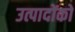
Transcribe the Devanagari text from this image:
उत्पादोंको